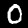
Label: 0